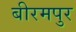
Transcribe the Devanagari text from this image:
बीरमपुर